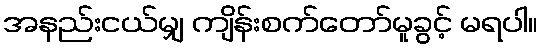
အနည်းငယ်မျှ ကျိန်းစက်တော်မူခွင့် မရပါ။